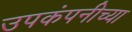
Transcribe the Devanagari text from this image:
उपकंपनीच्या